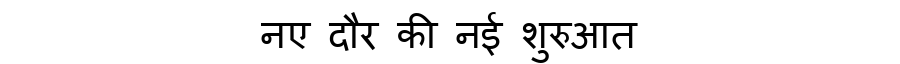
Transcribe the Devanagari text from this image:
नए दौर की नई शुरुआत